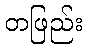
တဖြည်း